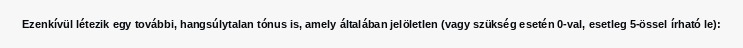
Ezenkívül létezik egy további, hangsúlytalan tónus is, amely általában jelöletlen (vagy szükség esetén 0-val, esetleg 5-össel írható le):